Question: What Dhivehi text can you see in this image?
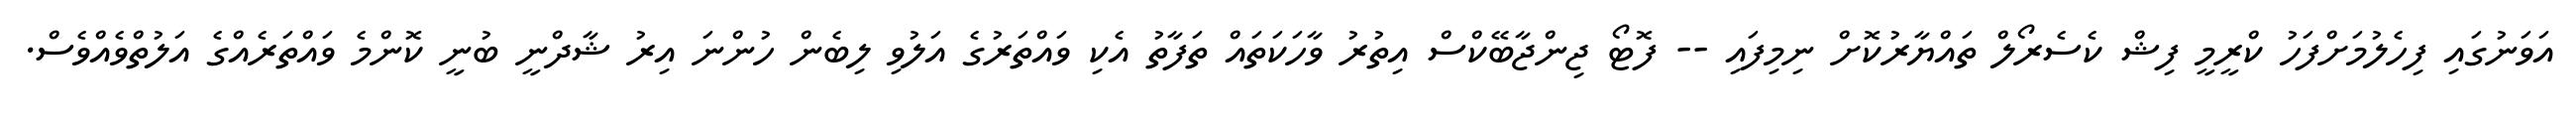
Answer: އަވަނުގައި ފިހެލުމަށްފަހު ކްރީމީ ފިޝް ކެސެރޯލް ތައްޔާރުކޮށް ނިމިފައި -- ފޮޓޯ ޖިންޖާބޭކްސް އިތުރު ވާހަކަތައް ތަފާތު އެކި ވައްތަރުގެ އަލުވި ލިބެން ހުންނަ އިރު ޝާދްނީ ބުނީ ކޮންމެ ވައްތަރެއްގެ އަލުތްވެއްވެސް.